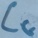
Text: CG